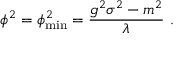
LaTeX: \phi ^ { 2 } = \phi _ { \mathrm { m i n } } ^ { 2 } = { \frac { g ^ { 2 } \sigma ^ { 2 } - m ^ { 2 } } { \lambda } } \ .